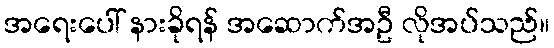
အရေးပေါ် နားခိုရန် အဆောက်အဦ လိုအပ်သည်။